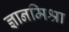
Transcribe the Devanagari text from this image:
ज्ञानमिश्रा